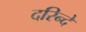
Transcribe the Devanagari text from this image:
दरिन्दे